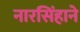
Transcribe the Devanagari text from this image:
नारसिंहाने